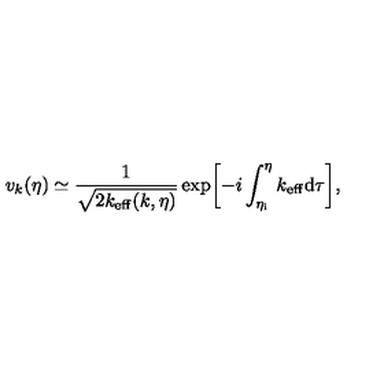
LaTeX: v _ { k } ( \eta ) \simeq \frac { 1 } { \sqrt { 2 k _ { \mathrm { e f f } } ( k , \eta ) } } \exp \biggl [ - i \int _ { \eta _ { \mathrm { i } } } ^ { \eta } k _ { \mathrm { e f f } } \mathrm { d } \tau \biggr ] ,